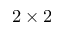
2 \times 2